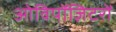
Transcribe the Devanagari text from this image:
ओविपॉज़िटरों